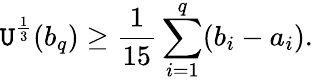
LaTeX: \mathtt{U}^{\frac{{1}}{{3}}}(b_{q})\geq\frac{{1}}{{15}}\sum_{i=1}^{q}(b_{i}-a_{i}).